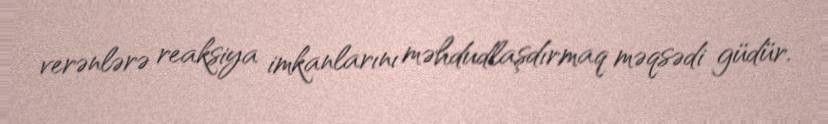
verənlərə reaksiya imkanlarını məhdudlaşdırmaq məqsədi güdür.